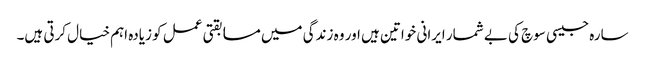
سارہ جیسی سوچ کی بے شمار ایرانی خواتین ہیں اور وہ زندگی میں مسابقتی عمل کو زیادہ اہم خیال کرتی ہیں۔